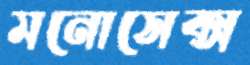
মনোসেক্স